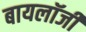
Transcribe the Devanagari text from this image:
बायलॉजी